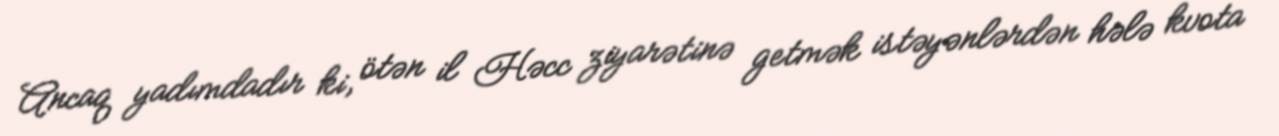
Ancaq yadımdadır ki, ötən il Həcc ziyarətinə getmək istəyənlərdən hələ kvota